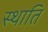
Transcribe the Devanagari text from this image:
स्थाति